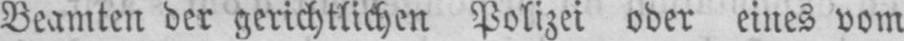
Beamten der gerichtlichen Polizei oder eines vom